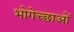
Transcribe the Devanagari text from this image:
भोगेच्छाओं